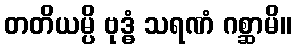
တတိယမ္ပိ ဗုဒ္ဓံ သရဏံ ဂစ္ဆာမိ။